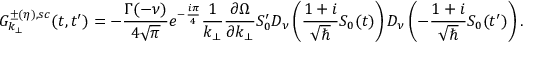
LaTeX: { \cal { G } } _ { k _ { \perp } } ^ { \pm ( \eta ) , s c } ( t , t ^ { \prime } ) = - { \frac { \Gamma ( - \nu ) } { 4 \sqrt { \pi } } } e ^ { - { \frac { i \pi } { 4 } } } { \frac { 1 } { k _ { \perp } } } { \frac { \partial \Omega } { \partial k _ { \perp } } } S _ { 0 } ^ { \prime } D _ { \nu } \left( { \frac { 1 + i } { \sqrt { \hbar } } } S _ { 0 } ( t ) \right) D _ { \nu } \left( - { \frac { 1 + i } { \sqrt { \hbar } } } S _ { 0 } ( t ^ { \prime } ) \right) .